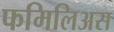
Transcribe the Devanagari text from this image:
फमिलिअस